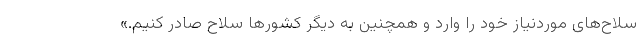
سلاح‌های موردنیاز خود را وارد و همچنین به دیگر کشورها سلاح صادر کنیم.»